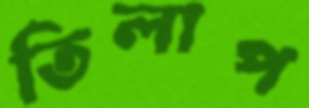
তিলাপ